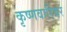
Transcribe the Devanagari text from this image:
कृष्णवारियर